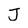
Character: J